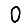
Digit: 0